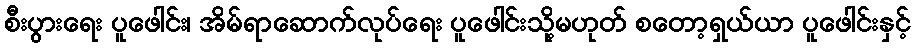
စီးပွားရေး ပူဖေါင်း၊ အိမ်ရာဆောက်လုပ်ရေး ပူဖေါင်းသို့မဟုတ် စတော့ရှယ်ယာ ပူဖေါင်းနှင့်